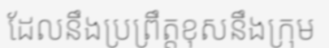
ដែលនឹងប្រព្រឹត្តខុសនឹងក្រុម